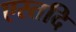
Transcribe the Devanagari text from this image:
एस्तदि